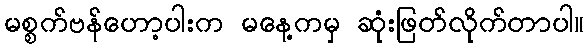
မစ္စက်ဗန်ဟော့ပါးက မနေ့ကမှ ဆုံးဖြတ်လိုက်တာပါ။